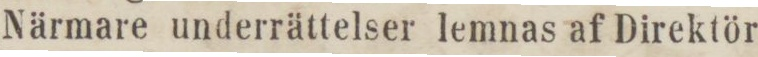
Närmare underrättelser lemnas af Direktör